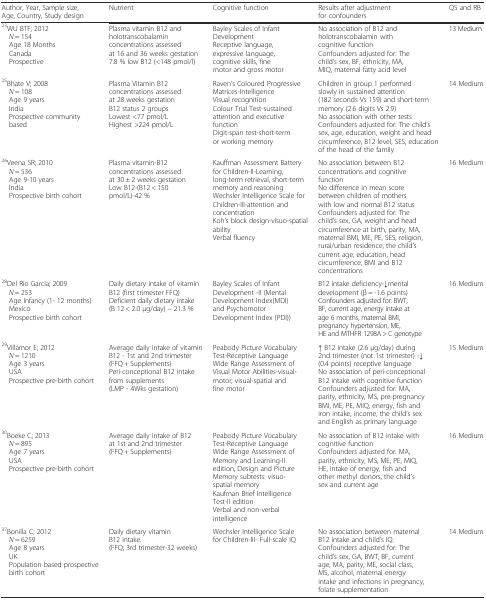
<table><thead><tr><td><b>Author, Year, Sample size, Age, Country, Study design</b></td><td><b>Nutrient</b></td><td><b>Cognitive function</b></td><td><b>Results after adjustment for confounders</b></td><td><b>QS and RB</b></td></tr></thead><tbody><tr><td><sup>23</sup>WU BTF; 2012<i> N</i> = 154 Age 18 Months Canada Prospective</td><td>Plasma vitamin B12 and holotranscobalamin concentrations assessed at 16 and 36 weeks gestation7.8 % low B12 (&lt;148 pmol/l)</td><td>Bayley Scales of Infant DevelopmentReceptive language, expressive language, cognitive skills, fine motor and gross motor</td><td>No association of B12 and holotranscobalamin with cognitive functionConfounders adjusted for: The child’s sex, BF, ethnicity, MA, MIQ, maternal fatty acid level</td><td>13 Medium</td></tr><tr><td><sup>25</sup>Bhate V; 2008<i> N</i> = 108 Age 9 years India Prospective community based</td><td>Plasma Vitamin B12 concentrations assessed at 28 weeks gestationB12 status 2 groupsLowest &lt;77 pmol/LHighest &gt;224 pmol/L</td><td>Raven’s Coloured Progressive Matrices-IntelligenceVisual recognitionColour Trial Test-sustained attention and executive functionDigit-span test-short-term or working memory</td><td>Children in group 1 performed slowly in sustained attention (182 seconds Vs 159) and short-term memory (2.6 digits Vs 2.9)No association with other testsConfounders adjusted for: The child’s sex, age, education, weight and head circumference, B12 level, SES, education of the head of the family</td><td>14 Medium</td></tr><tr><td><sup>26</sup>Veena SR; 2010<i> N</i> = 536 Age 9-10 years India Prospective birth cohort</td><td>Plasma vitamin-B12 concentrations assessed at 30 ± 2 weeks gestationLow B12-(B12 &lt; 150 pmol/L)-42 %</td><td>Kauffman Assessment Battery for Children-II-Learning, long-term retrieval, short-term memory and reasoningWechsler Intelligence Scale for Children-III-attention and concentrationKoh’s block design-visuo-spatial abilityVerbal fluency</td><td>No association between B12 concentrations and cognitive functionNo difference in mean score between children of mothers with low and normal B12 statusConfounders adjusted for: The child’s sex, GA, weight and head circumference at birth, parity, MA, maternal BMI, ME, PE, SES, religion, rural/urban residence, the child’s current age, education, head circumference, BMI and B12 concentrations</td><td>16 Medium</td></tr><tr><td><sup>28</sup>Del Rio Garcia; 2009<i> N</i> = 253 Age Infancy (1- 12 months) Mexico Prospective birth cohort</td><td>Daily dietary intake of vitamin B12 (first trimester FFQ)Deficient daily dietary intake(B 12 &lt; 2.0 μg/day) – 21.3 %</td><td>Bayley Scales of Infant Development -II (Mental Development Index(MDI) and Psychomotor Development Index (PDI))</td><td>B12 intake deficiency-↓mental development (β = -1.6 points)Confounders adjusted for: BWT, BF, current age, energy intake at age 6 months, maternal BMI, pregnancy hypertension, ME, HE and MTHFR 1298A &gt; C genotype</td><td>16 Medium</td></tr><tr><td><sup>29</sup>Villamor E; 2012<i> N</i> = 1210 Age 3 years USA Prospective pre-birth cohort</td><td>Average daily intake of vitamin B12 - 1st and 2nd trimester(FFQ + Supplements)Peri-conceptional B12 intake from supplements(LMP - 4Wks gestation)</td><td>Peabody Picture Vocabulary Test-Receptive LanguageWide Range Assessment of Visual Motor Abilities-visual-motor; visual-spatial and fine motor</td><td>↑ B12 intake (2.6 μg/day) during 2nd trimester (not 1st trimester) -↓ (0.4 points) receptive languageNo association of peri-conceptional B12 intake with cognitive functionConfounders adjusted for: MA, parity, ethnicity, MS, pre-pregnancy BMI, ME, PE, MIQ, energy, fish and iron intake, income, the child’s sex and English as primary language</td><td>15 Medium</td></tr><tr><td><sup>30</sup>Boeke C; 2013<i> N</i> = 895 Age 7 years USA Prospective pre-birth cohort</td><td>Average daily intake of B12 at 1st and 2nd trimester (FFQ + Supplements)</td><td>Peabody Picture Vocabulary Test-Receptive LanguageWide Range Assessment of Memory and Learning-II edition, Design and Picture Memory subtests: visuo-spatial memoryKaufman Brief Intelligence Test-II editionVerbal and non-verbal intelligence</td><td>No association of B12 intake with cognitive functionConfounders adjusted for: MA, parity, ethnicity, MS, ME, PE, MIQ, HE, intake of energy, fish and other methyl donors, the child’s sex and current age</td><td>16 Medium</td></tr><tr><td><sup>37</sup>Bonilla C; 2012<i> N</i> = 6259 Age 8 years UK Population based prospective birth cohort</td><td>Daily dietary vitamin B12 intake.(FFQ; 3rd trimester-32 weeks)</td><td>Wechsler Intelligence Scale for Children-III- Full-scale IQ</td><td>No association between maternal B12 intake and child’s IQ.Confounders adjusted for: The child’s sex, GA, BWT, BF, current age, MA, parity, ME, social class, MS, alcohol, maternal energy intake and infections in pregnancy, folate supplementation</td><td>14 Medium</td></tr></tbody></table>